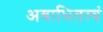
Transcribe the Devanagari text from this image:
अबाधितत्वं